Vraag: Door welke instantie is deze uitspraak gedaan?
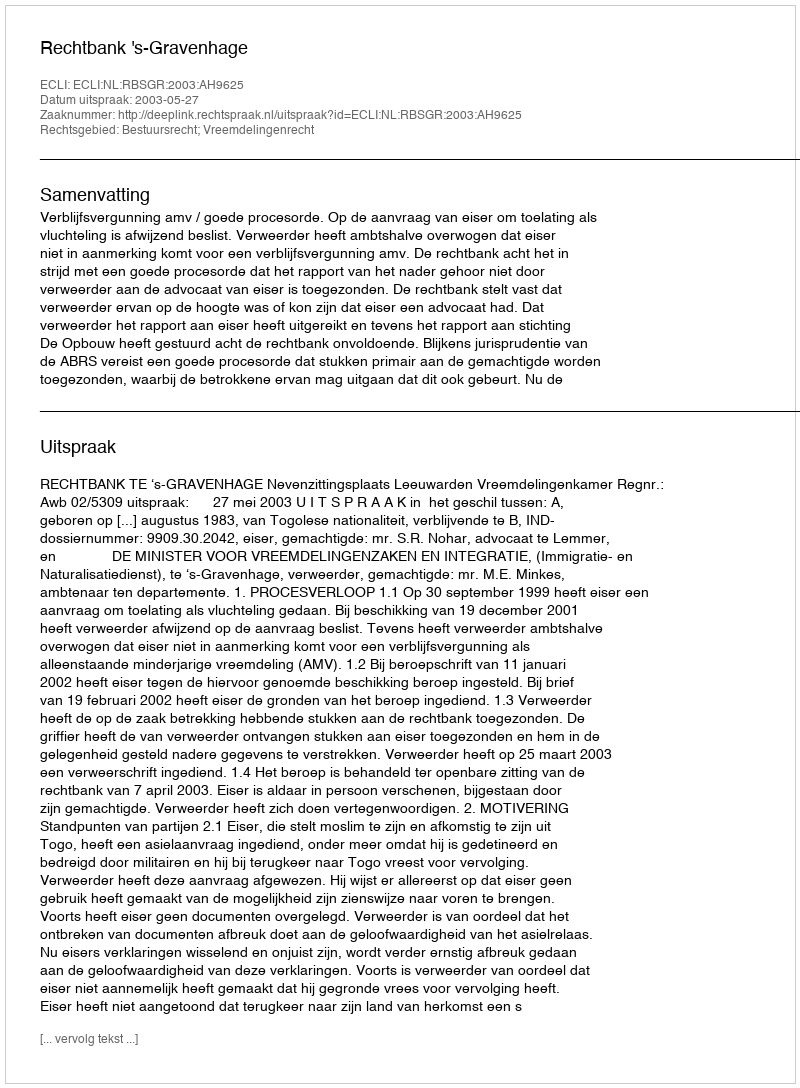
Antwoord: Rechtbank 's-Gravenhage